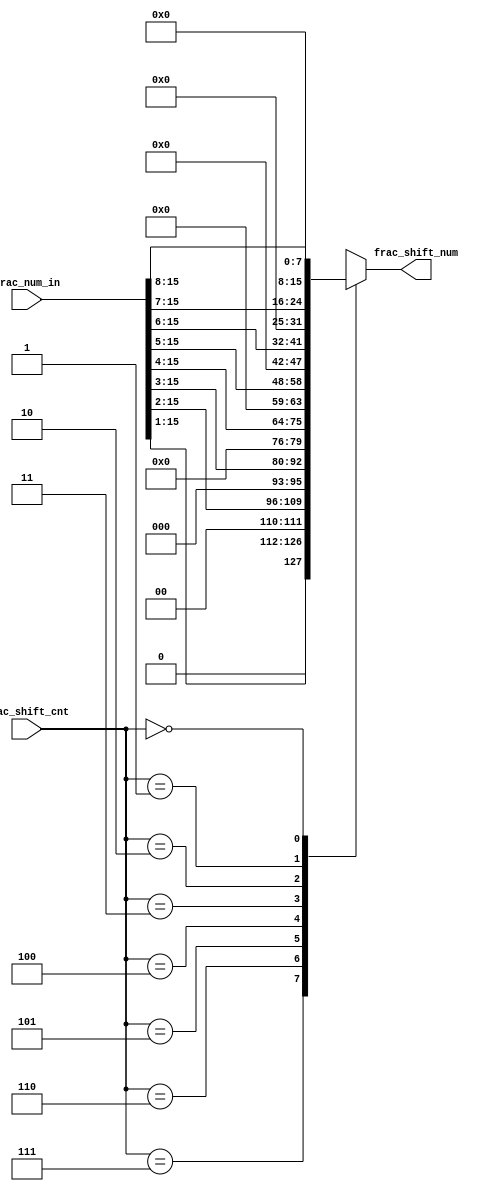
/*Copyright 2020-2021 T-Head Semiconductor Co., Ltd.

Licensed under the Apache License, Version 2.0 (the "License");
you may not use this file except in compliance with the License.
You may obtain a copy of the License at

    http://www.apache.org/licenses/LICENSE-2.0

Unless required by applicable law or agreed to in writing, software
distributed under the License is distributed on an "AS IS" BASIS,
WITHOUT WARRANTIES OR CONDITIONS OF ANY KIND, either express or implied.
See the License for the specific language governing permissions and
limitations under the License.
*/

// &ModuleBeg; @22
module aq_fdsu_right_shift(
  frac_num_in,
  frac_shift_cnt,
  frac_shift_num
);

// &Ports; @23
input   [15:0]  frac_num_in;   
input   [2 :0]  frac_shift_cnt; 
output  [15:0]  frac_shift_num; 

// &Regs; @24
reg     [15:0]  frac_shift_num; 

// &Wires; @25
wire    [15:0]  frac_num_in;   
wire    [2 :0]  frac_shift_cnt; 

// &Force("bus","frac_num_in",15,0); @26
// &CombBeg; @27
always @( frac_num_in[15:1]
       or frac_shift_cnt[2:0])
begin
casez(frac_shift_cnt[2:0])
  3'b111:  frac_shift_num[15:0] = {1'b0,frac_num_in[15:1]};
  3'b110:  frac_shift_num[15:0] = {2'b0,frac_num_in[15:2]};
  3'b101:  frac_shift_num[15:0] = {3'b0,frac_num_in[15:3]};
  3'b100:  frac_shift_num[15:0] = {4'b0,frac_num_in[15:4]};
  3'b011:  frac_shift_num[15:0] = {5'b0,frac_num_in[15:5]};
  3'b010:  frac_shift_num[15:0] = {6'b0,frac_num_in[15:6]};
  3'b001:  frac_shift_num[15:0] = {7'b0,frac_num_in[15:7]};
  3'b000:  frac_shift_num[15:0] = {8'b0,frac_num_in[15:8]};
  default: frac_shift_num[15:0] = {16{1'b0}};
endcase
// &CombEnd; @39
end

// &ModuleEnd; @41
endmodule